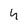
Character: 4